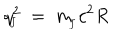
LaTeX: q _ { \! _ { J } } ^ { 2 } \ = \ m _ { \! _ { J } } c ^ { 2 } R